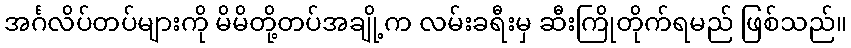
အင်္ဂလိပ်တပ်များကို မိမိတို့တပ်အချို့က လမ်းခရီးမှ ဆီးကြိုတိုက်ရမည် ဖြစ်သည်။